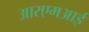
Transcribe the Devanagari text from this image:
आरएमआई